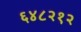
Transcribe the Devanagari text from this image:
६४८२१२